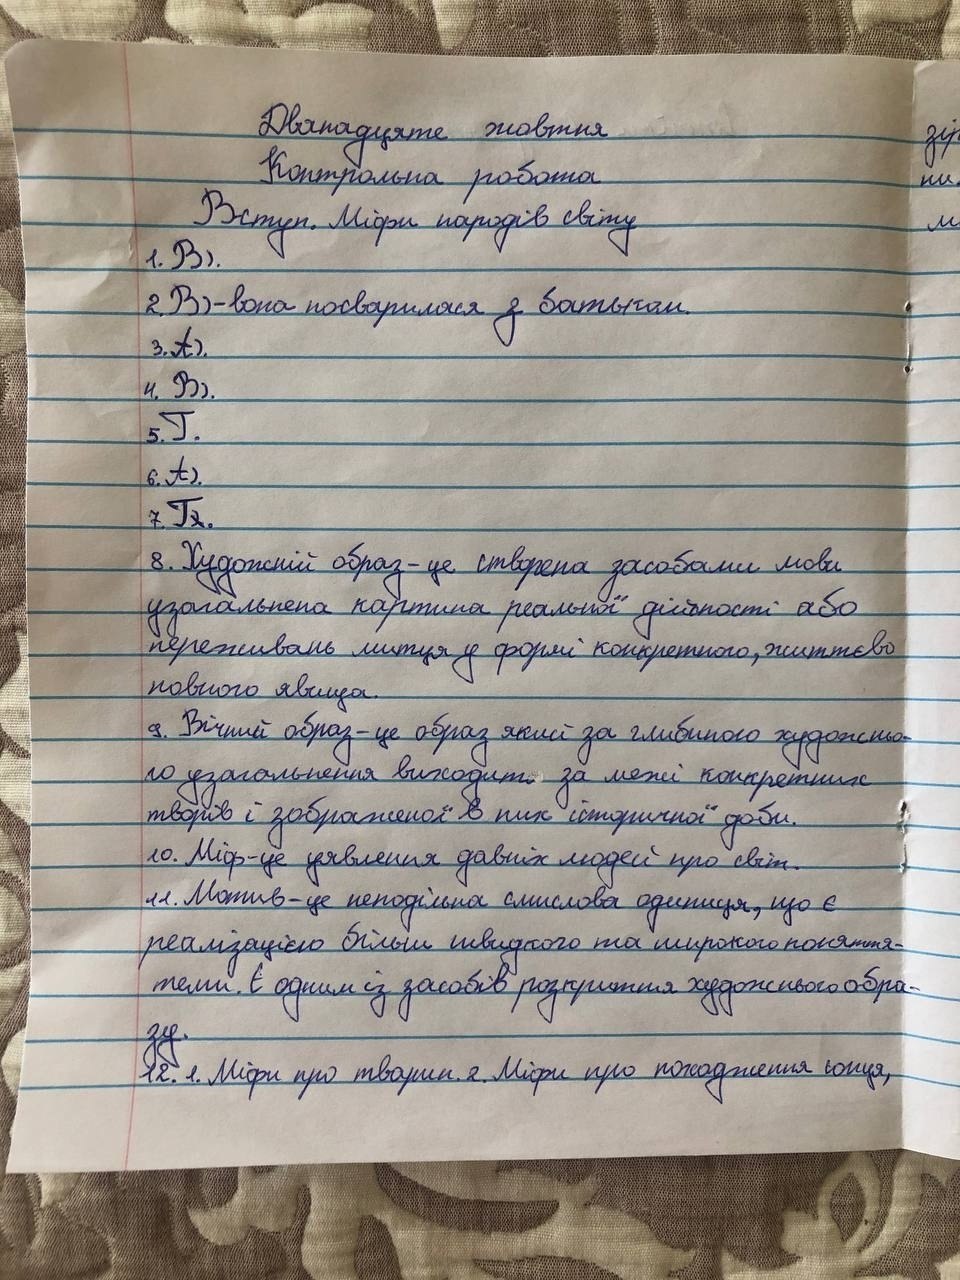
Дванадцяте жовтня
Контрольна робота
Вступ. Міфи народів світу
1. B).
2. В) - вона посварилася з батьком.
3. А).
4. B).
5 Г.
6. А)
Г
8. Художній образ - це створена засобами мови
узагальнена картина реальної дійсності або
переживань митця у формі конкретного, життєво
повного явища.
9. Вічний образ - це образ який за глибиною художньо-
го узагальнення виходить за межі конкретних
творів і зображеної в пик історичної доби.
10. Міф - це уявлення давніх людей про світ.
11. Мотив - це неподільна смислова одиниця, що є
реалізацією більш швидкого та широкого поняття-
теми. Є одним із засобів розкриття художнього обра-
зу.
12. 1. Міфи про тварин. 2. Міфи про походження сонця,